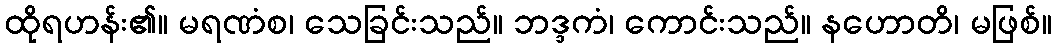
ထိုရဟန်း၏။ မရဏံစ၊ သေခြင်းသည်။ ဘဒ္ဒကံ၊ ကောင်းသည်။ နဟောတိ၊ မဖြစ်။